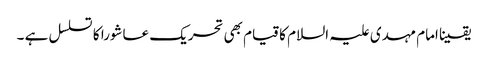
یقینا امام مہدی علیہ السلام کا قیام بھی تحریک عاشورا کا تسلسل ہے ۔